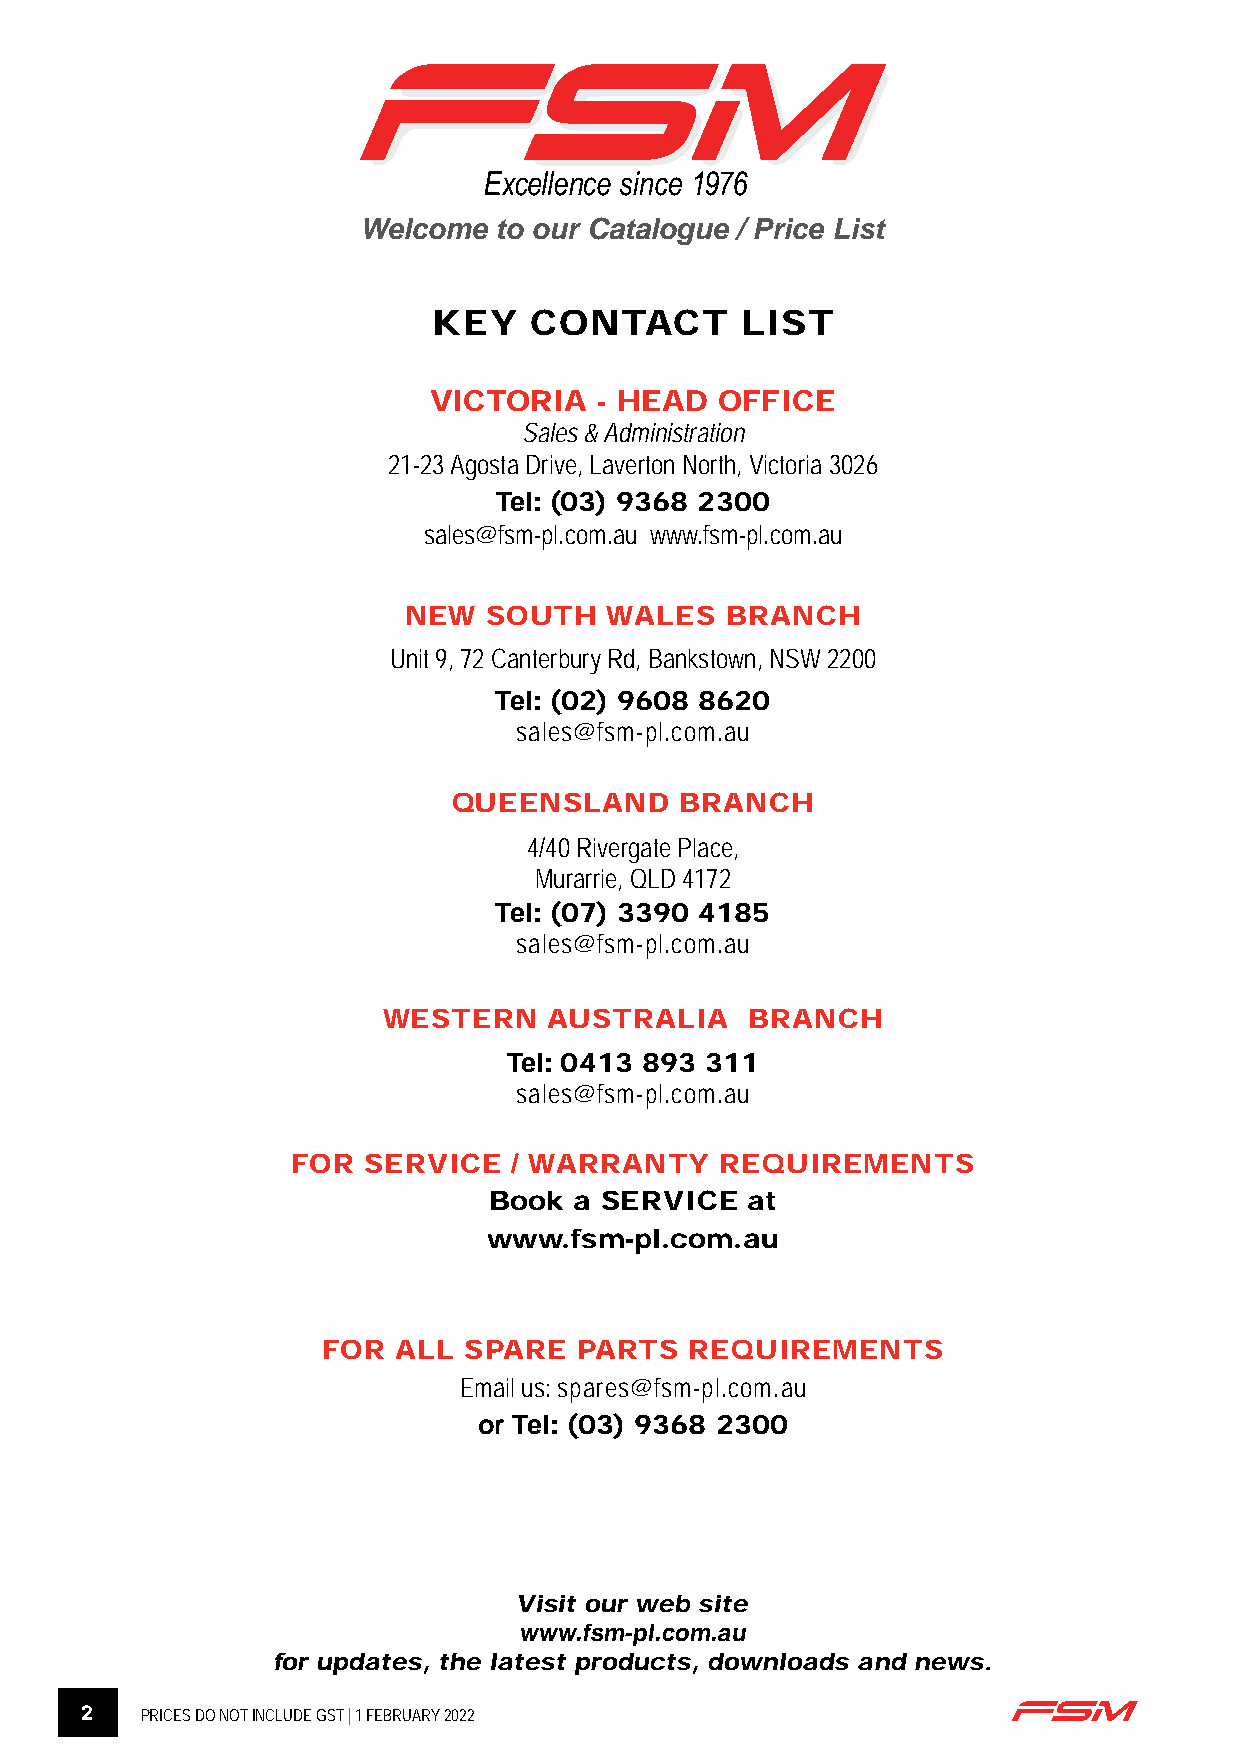
Welcome  to our Catalogue / Price List
 KEY   CONTACT       LIST
 VICTORIA    - HEAD OFFICE
 Sales & Administration
 21-23 Agosta Drive, Laverton North, Victoria 3026
 Tel: (03) 9368 2300
 sales@fsm-pl.com.au www.fsm-pl.com.au
 NEW  SOUTH   WALES   BRANCH
 Unit 9, 72 Canterbury Rd, Bankstown, NSW 2200
 Tel: (02) 9608 8620
 sales@fsm-pl.com.au
 QUEENSLAND     BRANCH
 4/40 Rivergate Place,
 Murarrie, QLD 4172
 Tel: (07) 3390 4185
 sales@fsm-pl.com.au
 WESTERN    AUSTRALIA     BRANCH
 Tel: 0413 893 311
 sales@fsm-pl.com.au
 FOR  SERVICE   / WARRANTY    REQUIREMENTS
 Book  a SERVICE  at
 www.fsm-pl.com.au
 FOR  ALL  SPARE  PARTS   REQUIREMENTS
 Email us: spares@fsm-pl.com.au
 or Tel: (03) 9368 2300
 Visit our web site
 www.fsm-pl.com.au
 for updates, the latest products, downloads and news.
 2   PRICES DO NOT INCLUDE GST | 1 FEBRUARY 2022